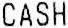
CASH